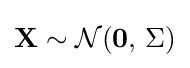
\mathbf {X} \sim {\mathcal {N}}(\mathbf {0} ,\,\Sigma )